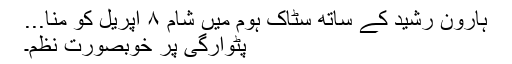
ہارون رشید کے ساتھ سٹاک ہوم میں شام ۸ اپریل کو منا...
پٹوارگی پر خوبصورت نظم۔